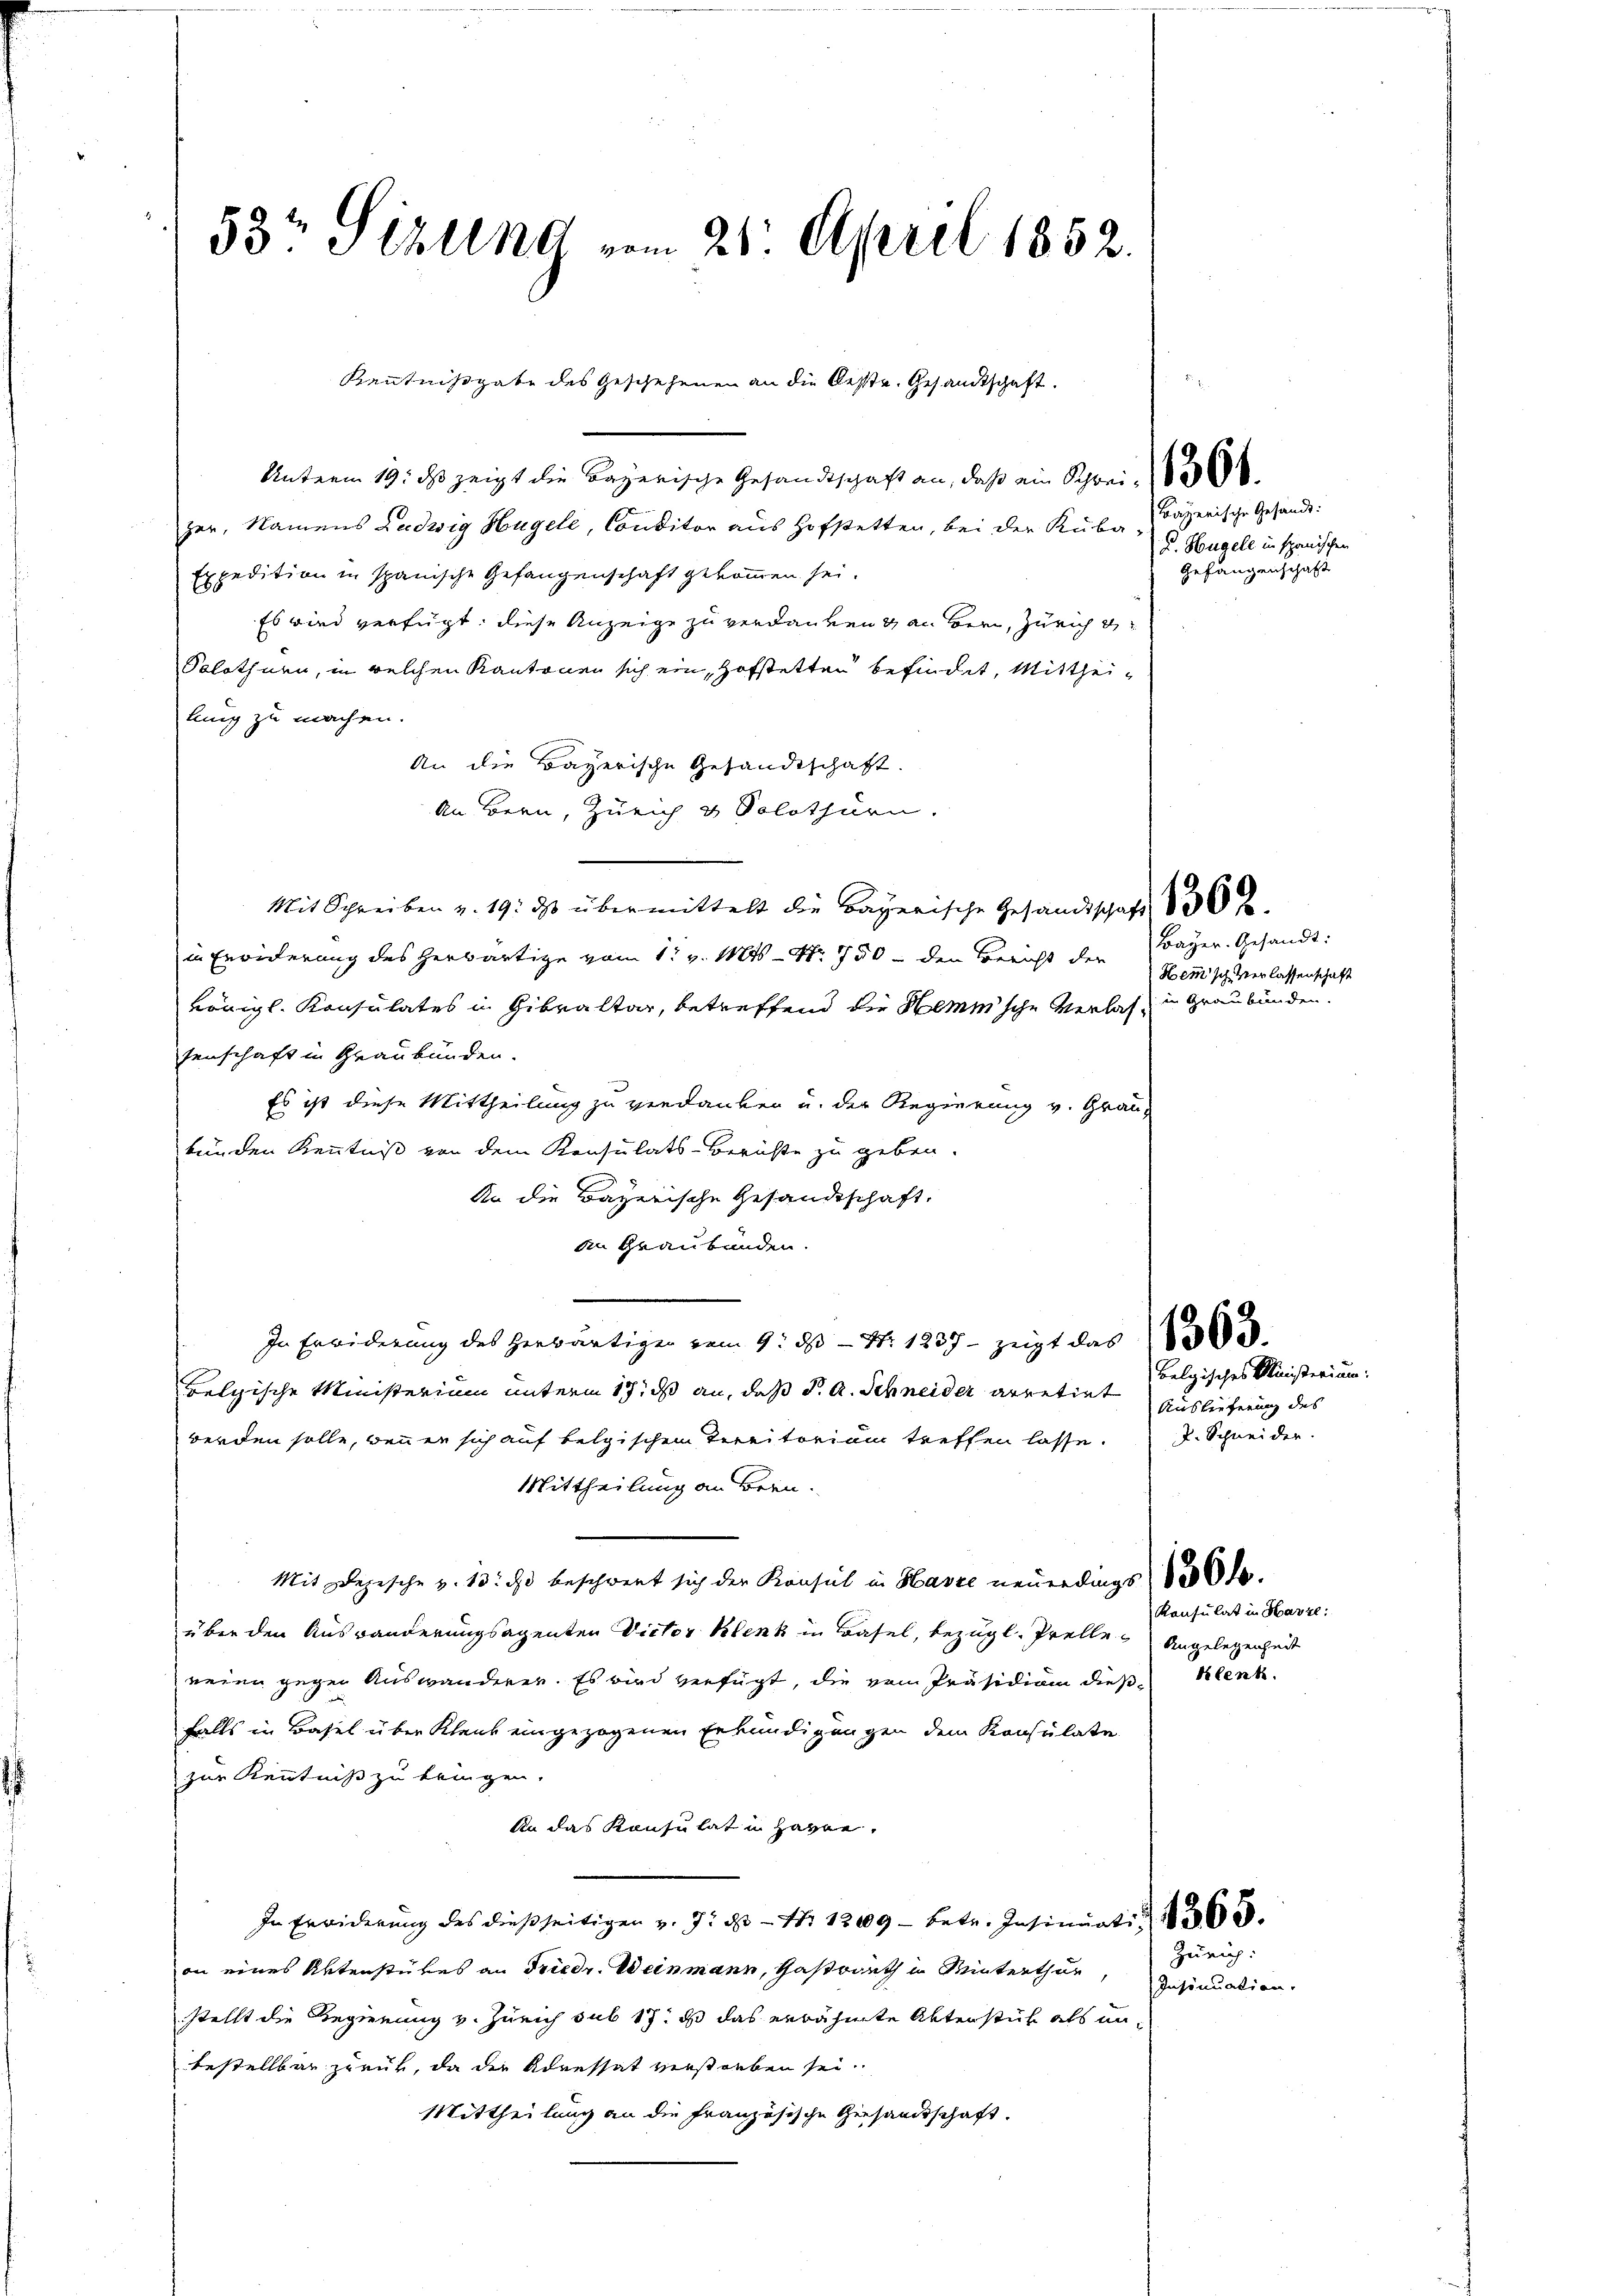
53t Sizung vom 21. April 1852.

Unterm 19. ds zeigt die Bayerische Gesandtschaft an, daß ein Schrei
zer, Namens Ludwig Hügele, Conditor aus Hofstetten, bei der Rube bayerische Gesandt¬
Expedition in spanische Gefangenschaft gekommen sei.
Es wird verfügt, diese Anzeige zu verdanken & an Bern, Zürich d
Solothurn, in welchen Kantonen sich ein, Hofstetten befindet, Mittheilung zu machen.
An die Bayerische Gesandtschaft.
An Bern, Zürich & Solothurn.
Mit Schreiben v. 19. ds übermittelt die Bayerische Gesandtschaft
in Erwiderung des Herbartige vom 1. v. Mts. - Nr. 750 den Bericht der
vönigl. Konsulates in Gibraltar, betreffend die Hemische Verlassenschaft in Graubünden.
Es ist diese Mittheilung zu verdanken u. der Regierung v. Grau-
bunden Kenntniß von dem Konsulats-Berichte zu geben.
An die Bayerische Gesandtschaft.
an Graubünden.
In Erwiderung des herwärtigen vom 9. ds. - N: 1237 – zeigt das d
Belgische Ministerium unterm 17. ds an, daß d. A. Schneider arretirt
werden solle, wenn er sich auf belgischen Territorium treffen lasse.
Mittheilung an Bern.
Mit Depesche v. 13. d. beschwert sich der Konsul in Havre neuerdings 1800 l.
über den Auswanderungsagenten Victor Klenk in Basel, bezügl. Prelle Angelegenheit
reien gegen Auswanderen. Es wird verfügt, die vom Präsidiam dießfalls in Basel über Klaus eingezogenen Erkundigungen dem Konsulate
zur Kenntniß zu bringen.
An das Konsulat in Hagen.
In Erwiderung des dießseitigen v. J. ds Nr 1209 - betr. Insinuatis 100
on eines Aktenstükes an Friedr. Weinmann, Gastwirth in Winterthur,
stellt die Regennung v. Zürich sub 17. ds das erwähnte Aktenstück als unbestellbar zurück, da die Adressat verstorben sei.
Mittheilung an die Französische Gesandtschaft.

Kenntnißgabe des Geschehenen an die Oestr. Gesandtschaft.

D. Hügell in spanischen
Gefangenschaft

1362.

Bayer. Gesandt:
Hemisch verlassenschaft
in Graubünden.

Belgisches Ministerium:
Auslieferung des
R. Schneider.

Konsulat in Havze:
klenk.

Zürich:
Insinuation.